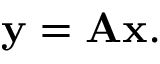
\mathbf { y } = \mathbf { A x } .